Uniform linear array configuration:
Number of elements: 4
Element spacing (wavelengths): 0.25
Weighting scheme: exponential
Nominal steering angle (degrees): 30
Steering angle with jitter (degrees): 30.476
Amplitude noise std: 0.05
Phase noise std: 0.05

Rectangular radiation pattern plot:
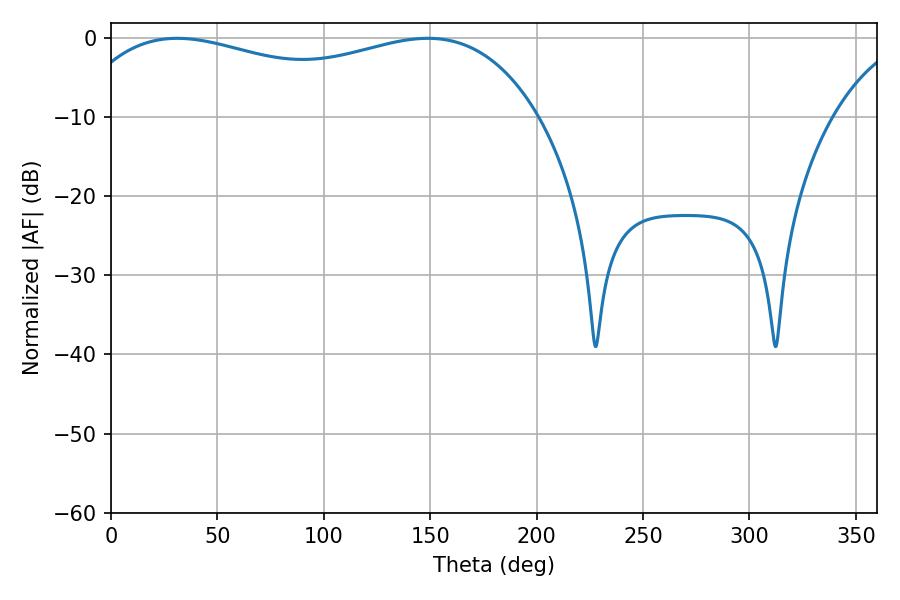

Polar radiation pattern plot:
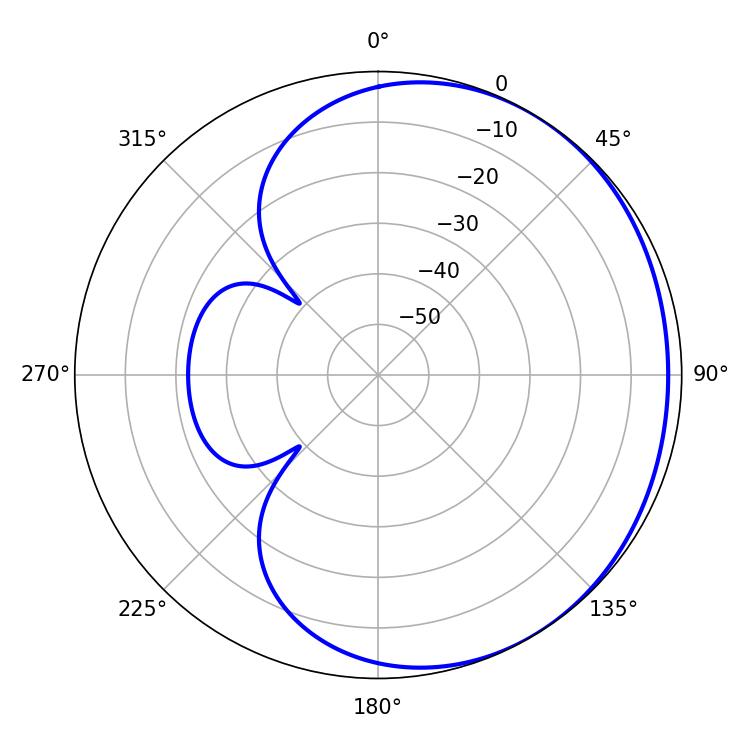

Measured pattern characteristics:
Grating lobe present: FALSE
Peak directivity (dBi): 1.402
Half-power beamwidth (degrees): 179.64
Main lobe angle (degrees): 31.14